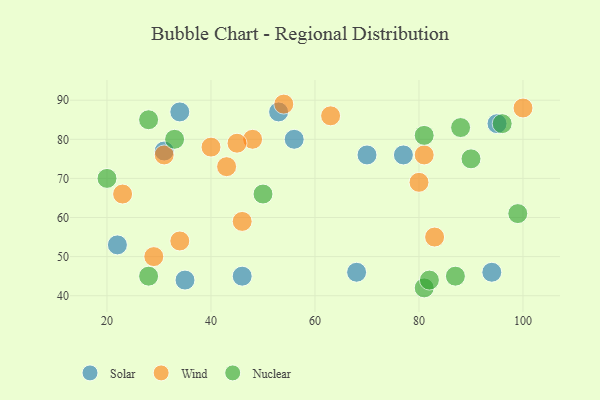
{"axis": {"x": "GDP", "y": "Life Expectancy"}, "legend": ["Nuclear", "Solar", "Wind"], "data": [{"x": "68", "y": 46, "type": "Solar"}, {"x": "95", "y": 84, "type": "Solar"}, {"x": "53", "y": 87, "type": "Solar"}, {"x": "31", "y": 77, "type": "Solar"}, {"x": "56", "y": 80, "type": "Solar"}, {"x": "22", "y": 53, "type": "Solar"}, {"x": "77", "y": 76, "type": "Solar"}, {"x": "70", "y": 76, "type": "Solar"}, {"x": "94", "y": 46, "type": "Solar"}, {"x": "34", "y": 87, "type": "Solar"}, {"x": "35", "y": 44, "type": "Solar"}, {"x": "46", "y": 45, "type": "Solar"}, {"x": "29", "y": 50, "type": "Wind"}, {"x": "63", "y": 86, "type": "Wind"}, {"x": "40", "y": 78, "type": "Wind"}, {"x": "100", "y": 88, "type": "Wind"}, {"x": "23", "y": 66, "type": "Wind"}, {"x": "81", "y": 76, "type": "Wind"}, {"x": "48", "y": 80, "type": "Wind"}, {"x": "34", "y": 54, "type": "Wind"}, {"x": "80", "y": 69, "type": "Wind"}, {"x": "54", "y": 89, "type": "Wind"}, {"x": "31", "y": 76, "type": "Wind"}, {"x": "43", "y": 73, "type": "Wind"}, {"x": "46", "y": 59, "type": "Wind"}, {"x": "45", "y": 79, "type": "Wind"}, {"x": "83", "y": 55, "type": "Wind"}, {"x": "96", "y": 84, "type": "Nuclear"}, {"x": "81", "y": 42, "type": "Nuclear"}, {"x": "87", "y": 45, "type": "Nuclear"}, {"x": "28", "y": 85, "type": "Nuclear"}, {"x": "99", "y": 61, "type": "Nuclear"}, {"x": "82", "y": 44, "type": "Nuclear"}, {"x": "28", "y": 45, "type": "Nuclear"}, {"x": "50", "y": 66, "type": "Nuclear"}, {"x": "33", "y": 80, "type": "Nuclear"}, {"x": "20", "y": 70, "type": "Nuclear"}, {"x": "90", "y": 75, "type": "Nuclear"}, {"x": "88", "y": 83, "type": "Nuclear"}, {"x": "81", "y": 81, "type": "Nuclear"}]}